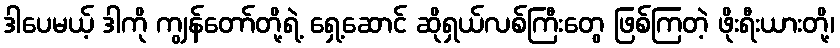
ဒါပေမယ့် ဒါကို ကျွန်တော်တို့ရဲ့ ရှေ့ဆောင် ဆိုရှယ်လစ်ကြီးတွေ ဖြစ်ကြတဲ့ ဖိုးရီးယားတို့၊